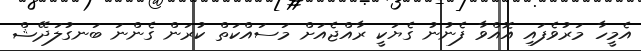
އެމީހާ މަރުވެފައި އޮއްވާ ފެނުނު ގެޔަކީ ރާއްޖެއަށް މަސައްކަތް ކުރަން ގެންނަ ބަނގުލަދޭޝް